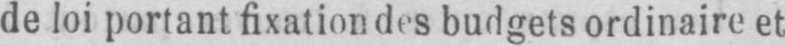
de loi portant fixation des budgets ordinaire et